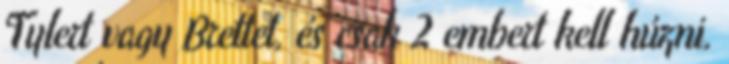
Tylert vagy Brettet, és csak 2 embert kell húzni,